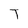
Character: T